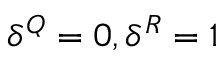
\delta ^ { Q } = 0 , \delta ^ { R } = 1